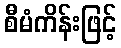
စီမံကိန်းဖြင့်